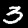
Digit: 3